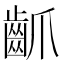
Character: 𪗢